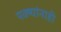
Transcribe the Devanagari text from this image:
पक्ष्यांनाही